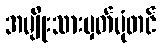
အမျိုးသားမှတ်ပုံတင်